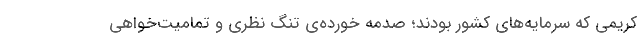
کریمی که سرمایه‌های کشور بودند؛ صدمه خورده‌ی تنگ نظری و تمامیت‌خواهی